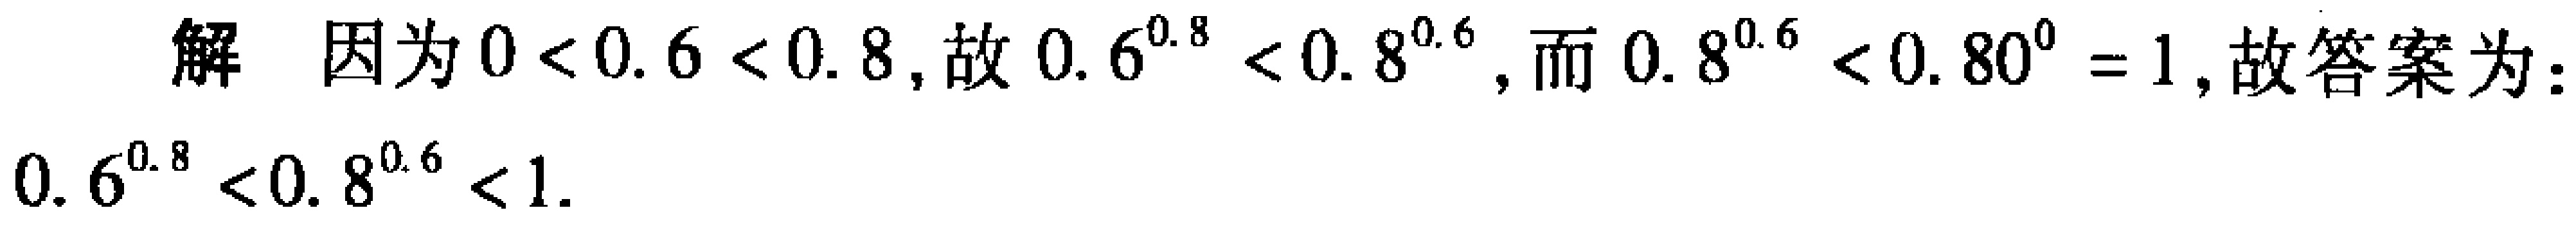
解 因为\(0<0.6<0.8\)，故\(0.6^{0.8}<0.8^{0.6}\)，而\(0.8^{0.6}<0.80^{0}=1\)，故答案为：\(0.6^{0.8}<0.8^{0.6}<1\)。